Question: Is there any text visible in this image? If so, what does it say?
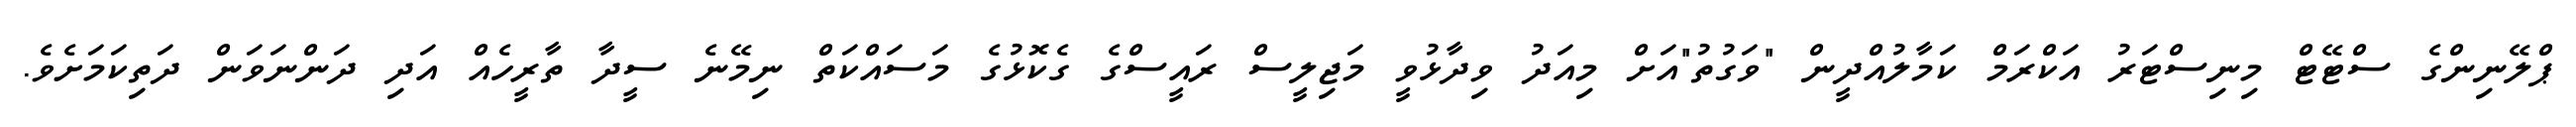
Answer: ޕްލޭނިންގެ ސްޓޭޓް މިނިސްޓަރު އަކްރަމް ކަމާލުއްދީން "ވަގުތު"އަށް މިއަދު ވިދާޅުވީ މަޖިލީސް ރައީސްގެ ގެކޮޅުގެ މަސައްކަތް ނިމޭނެ ސީދާ ތާރީހެއް އަދި ދަންނަވަން ދަތިކަމަށެވެ.